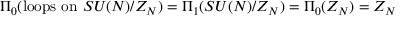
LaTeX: \Pi _ { 0 } ( \mathrm { l o o p s ~ o n } ~ S U ( N ) / Z _ { N } ) = \Pi _ { 1 } ( S U ( N ) / Z _ { N } ) = \Pi _ { 0 } ( Z _ { N } ) = Z _ { N }